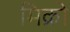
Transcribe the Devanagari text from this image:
मिक्रो